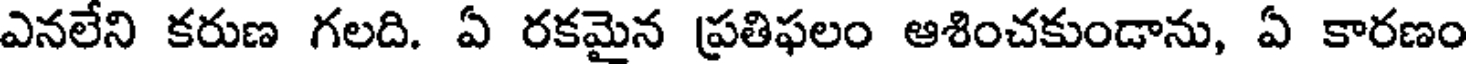
ఎనలేని కరుణ గలది. ఏ రకమైన ప్రతిఫలం ఆశించకుండాను, ఏ కారణం